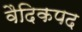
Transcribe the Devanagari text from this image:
वैदिकपद